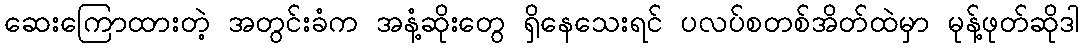
ဆေးကြောထားတဲ့ အတွင်းခံက အနံ့ဆိုးတွေ ရှိနေသေးရင် ပလပ်စတစ်အိတ်ထဲမှာ မုန့်ဖုတ်ဆိုဒါ